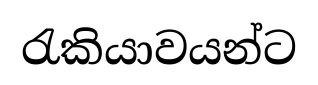
රැකියාවයන්ට